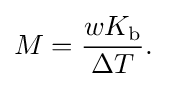
M={{wK_{\text{b}}} \over {\Delta T}}.\